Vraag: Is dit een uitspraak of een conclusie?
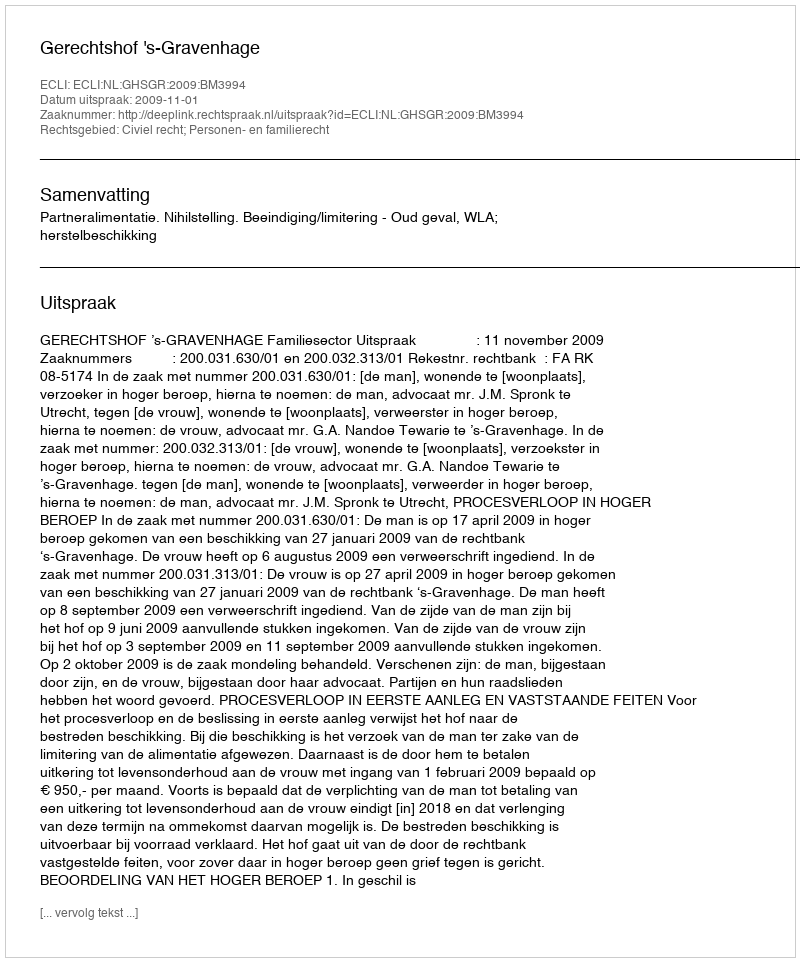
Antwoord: Uitspraak